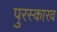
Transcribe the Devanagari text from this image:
पुरस्कारव